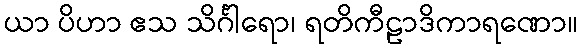
ယာ ပိဟာ ဧသ သိင်္ဂါရော၊ ရတိကီဠာဒိကာရဏော။